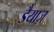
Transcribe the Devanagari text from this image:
डैयाज़